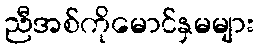
ညီအစ်ကိုမောင်နှမများ